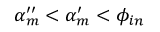
\alpha _ { m } ^ { \prime \prime } < \alpha _ { m } ^ { \prime } < \phi _ { i n }